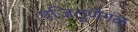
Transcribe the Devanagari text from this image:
वज़ितुणैगळ